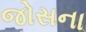
જોસના